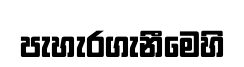
පැහැරගැනීමෙහි